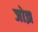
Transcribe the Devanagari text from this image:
जोझ